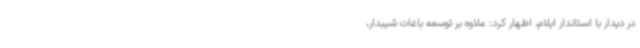
در دیدار با استاندار ایلام، اظهار کرد: علاوه بر توسعه باغات شیبدار،